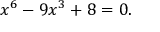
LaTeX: x ^ { 6 } - 9 x ^ { 3 } + 8 = 0 .